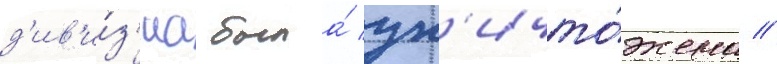
д'ив'и́з'иа была́ ун'ичто́жена //